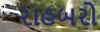
રાહબરો